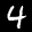
Label: 4